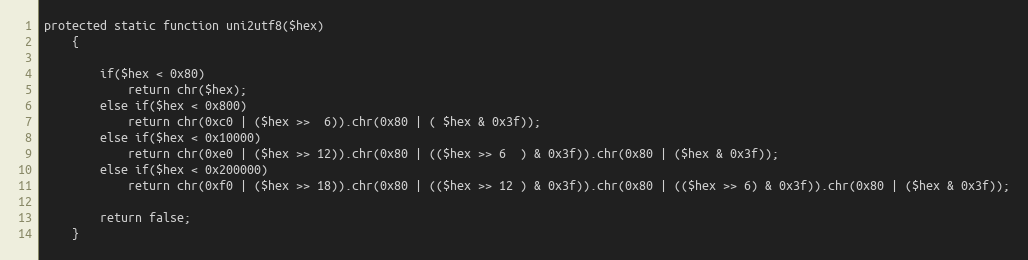
Language: PHP
protected static function uni2utf8($hex)
    {

        if($hex < 0x80)
            return chr($hex);
        else if($hex < 0x800)
            return chr(0xc0 | ($hex >>  6)).chr(0x80 | ( $hex & 0x3f));
        else if($hex < 0x10000)
            return chr(0xe0 | ($hex >> 12)).chr(0x80 | (($hex >> 6  ) & 0x3f)).chr(0x80 | ($hex & 0x3f));
        else if($hex < 0x200000)
            return chr(0xf0 | ($hex >> 18)).chr(0x80 | (($hex >> 12 ) & 0x3f)).chr(0x80 | (($hex >> 6) & 0x3f)).chr(0x80 | ($hex & 0x3f));

        return false;
    }